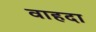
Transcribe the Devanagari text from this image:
वाहदा